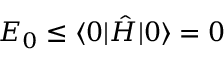
E _ { 0 } \leq \ensuremath { \langle 0 \vert } \hat { H } \ensuremath { \vert 0 \rangle } = 0